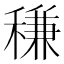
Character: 稴